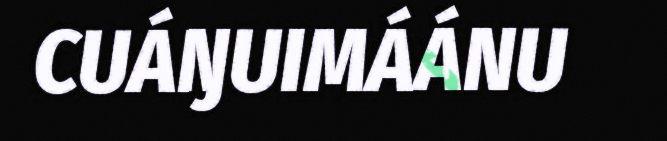
CUÁŊUIMÁÁNU